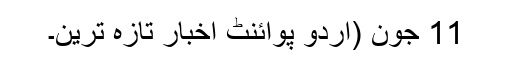
11 جون (اُردو پوائنٹ اخبار تازہ ترین۔